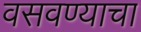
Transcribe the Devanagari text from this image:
वसवण्याचा